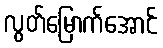
လွတ်မြောက်အောင်